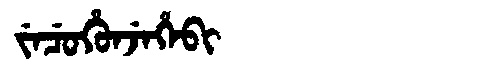
Manchu: ᠵᡝᠴᡠᡥᡠᠨᠵᡝᡥᡝᠪᡳ
Romanization: JECUHUNJEHEBI